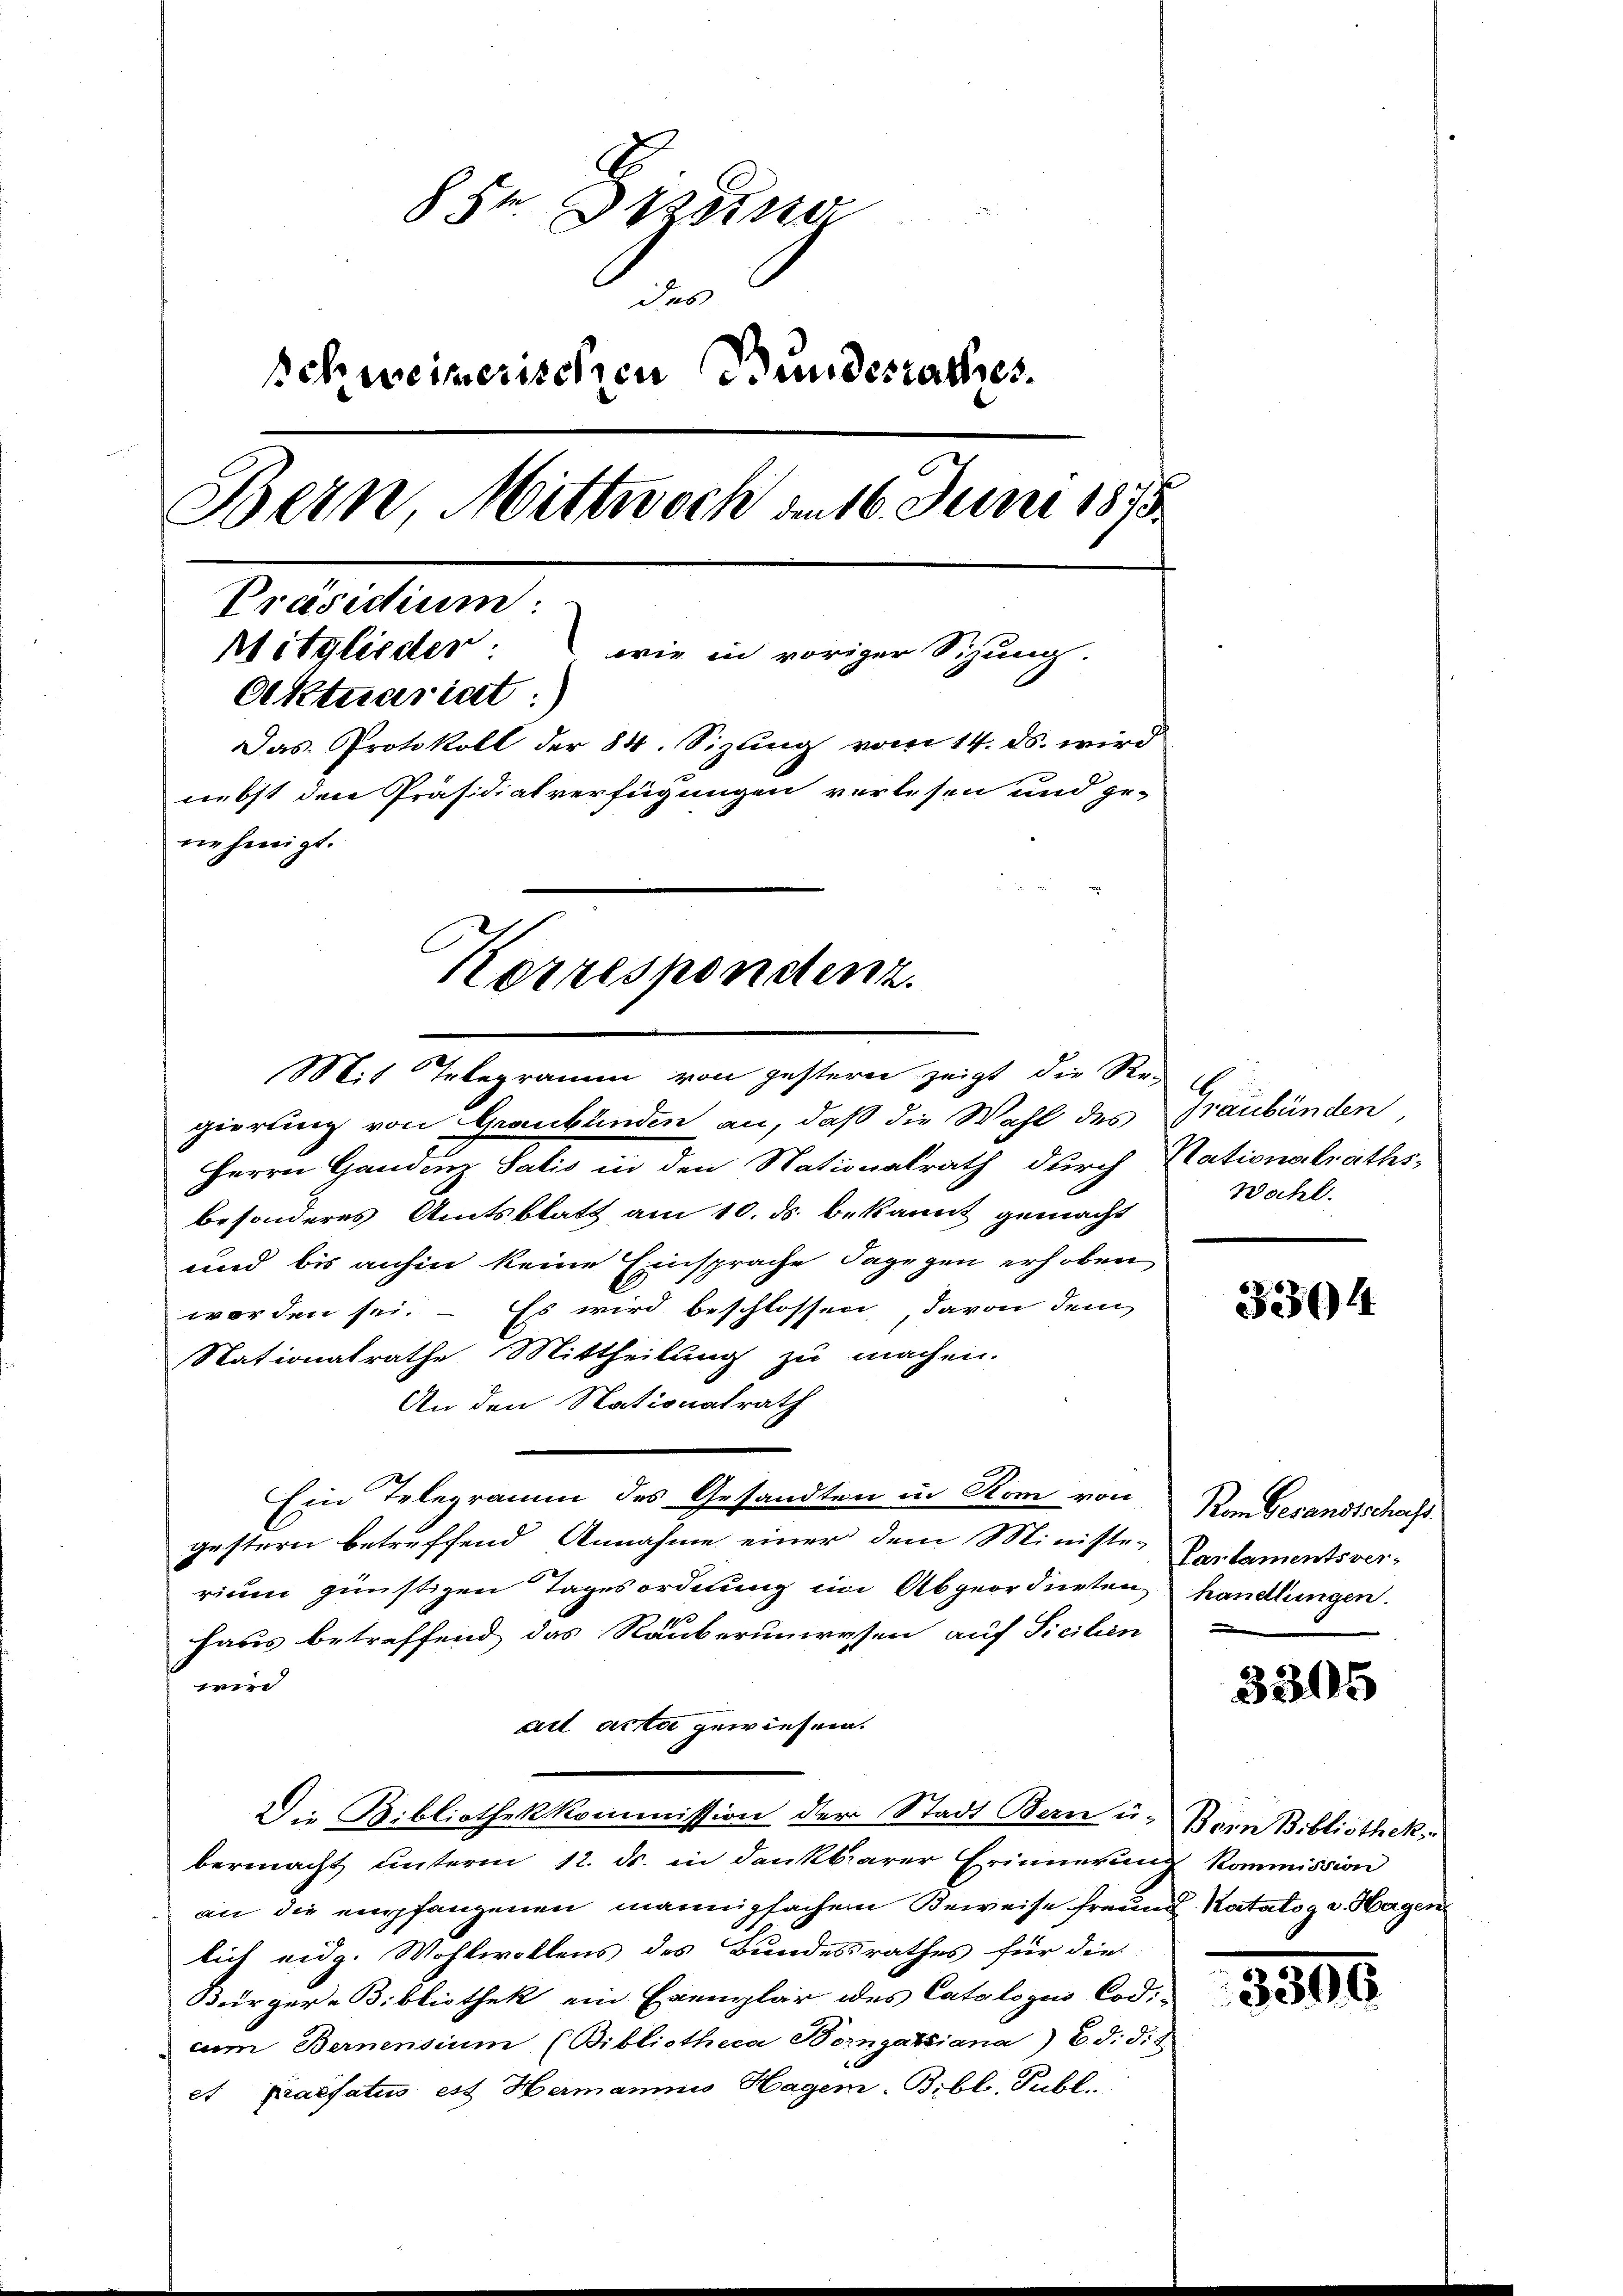
8 Sr. Drang
das
Schweizerischen Bundesrathes.
Bern Mittwoch am 16. Juni 1873.
Präsidium:
ptitglieder:
wie in voriger Sizung.
Aktuariat
Das Protokoll der 84. Sizung vom 14. ds. wird
nebst den Präsidialverfügungen verlesen und ge-
nehmigt.
Korrespondenz.

Mit Telegramm von gestern zeigt die Re-
gierung von Graubünden an, daß die Wahl des Graubünden
Herrn Handen Satis in den Nationalrath durch Nationalraths-
besonderes Amtsblatt am 10. ds. bekannt gemacht
und bis anhin keine Einsprache dagegen erhoben
worden sei. – Es wird beschlossen davon dem
Stationalrathe Mittheilung zu machen.
An den Nationalrath
Ein Telegramm des Gesandten in Rom von
gestern betreffend Annahme einer dem Ministe-Parlamentsver-
rium günstigen Tagesordnung im Abgeordneten handlungen.
haus betreffend das Rauberunwesen auf Sicilien
wir
ad acta gewiesen.
Die Bibliothekkommission der Stadt Bern u. Bern Bibliothek
bermacht unterm 12. ds. in dankbarer Erinnerung kommission
an die empfangenen mannigfachen Beweise freund Katalog v. Hagen
lich eidg. Wohlwollens des Bundesrathes für die
Bürger-Bibliothek ein Exemplar des Catalogus Cod.
cn Bernensium (Bibliotheca Bomgassiana) Ed. Si
et praefatus est Hermanns Hagem-Bibl. Publ.

E
Wacht.

3304

Vom Gesandtschaft.

3205

331